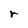
Character: r